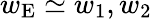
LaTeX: w_{\mathrm{E}}\simeq w_{1},w_{2}